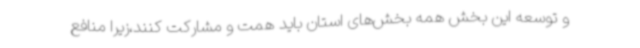
و توسعه این بخش همه بخش‌های استان باید همت و مشارکت کنند،زیرا منافع